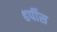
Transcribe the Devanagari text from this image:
हर्पीस